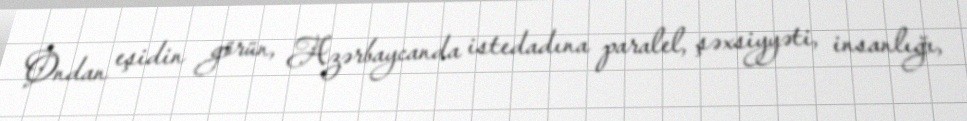
Ondan eşidin görün, Azərbaycanda istedadına paralel, şəxsiyyəti, insanlığı,